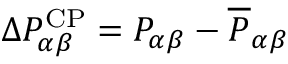
\Delta P _ { \alpha \beta } ^ { \mathrm { C P } } = P _ { \alpha \beta } - \overline { { P } } _ { \alpha \beta }